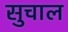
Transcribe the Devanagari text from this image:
सुचाल